Annual report on the Civil Veterinary Department, Burma (including the Insein Veterinary School) - 1910-1922
Year: 1910
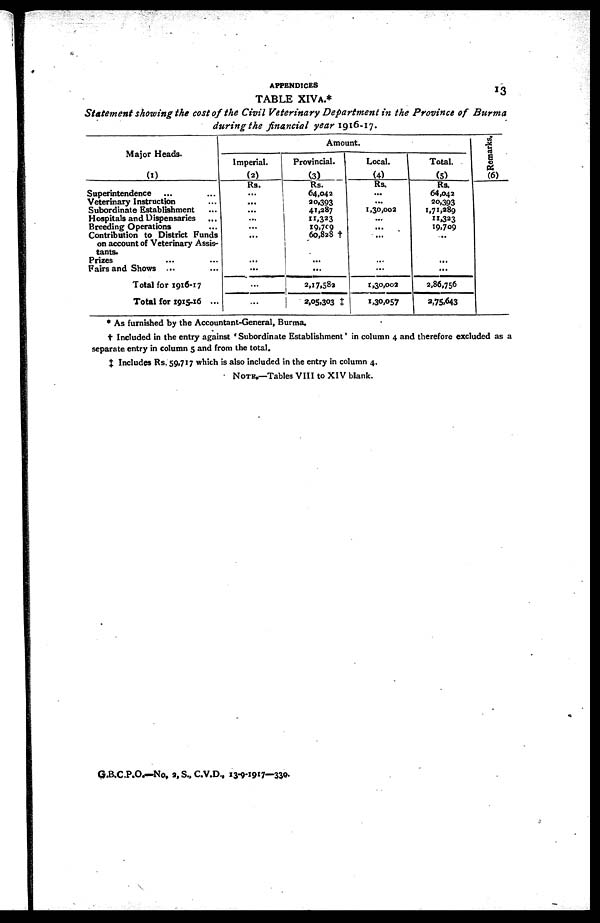
APPENDICES
TABLE XIVA.*
Statement showing the cost of the Civil Veterinary Department in the Province of Burma
during the financial year 1916-17.
Major Heads.
(1)
Superintendence ...
...
Veterinary Instruction ...
Subordinate Establishment ...
Hospitals and Dispensaries...
Breeding Operations...
Contribution to District Funds
on account of Veterinary Assis-
tants.
Prizes......
Fairs and Shows ... ...
Total for 1916-17
Total for 1915-16 ...
Imperial.
(2)
Rs.
...
...
...
...
...
...
...
...
...
...
Amount.
Provincial. 1
(3)
Rs.
64,04a
20,393
41,287
11,323
19,709
60,828†
...
...
2,17,582
2,05,303 ‡
Local.
(4)
Rs.
...
...
1,30,002
...
...
...
...
...
1,30,002
1,30,057
Total.
(5)
Rs.
64,042
20,393
1,71,389
11,323
19,709
...
...
...
2,86,756
3,75,643
Remarks.
(6)
* As furnished by the Accountant-General, Burma.
† Included in the entry against ' Subordinate Establishment' in column 4 and therefore excluded as a
separate entry in column 5 and from the total.
‡ Includes Rs. 59,717 which is also included in the entry in column 4.
NOTE.—Tables VIII to XIV blank.
G.B.C.P.O.—No, 2, S., C.V.D., 13-9-1917—330.